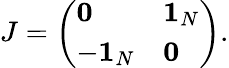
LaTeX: J=\left(\begin{array}{ll}{{{\mathbf 0}}}&{{{\mathbf 1}_{N}}}\\ {{-{\mathbf 1}_{N}}}&{{{\mathbf 0}}}\end{array}\right).